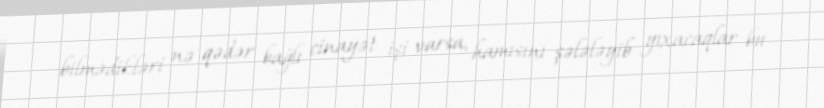
bilmədikləri nə qədər bağlı cinayət işi varsa, hamısını şələləyib yıxacaqlar bu